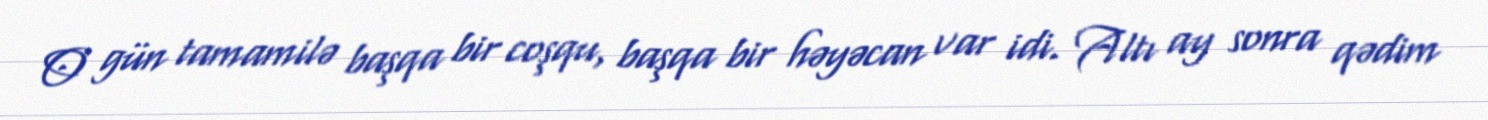
O gün tamamilə başqa bir coşqu, başqa bir həyəcan var idi. Altı ay sonra qədim